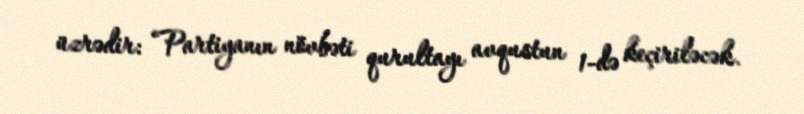
üzrədir: “Partiyanın növbəti qurultayı avqustun 1-də keçiriləcək.